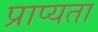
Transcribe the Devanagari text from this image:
प्राप्यता